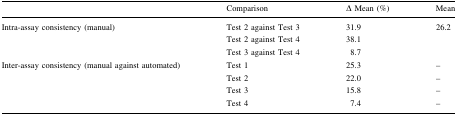
<table><thead><tr><td></td><td><b>Comparison</b></td><td><b>Δ Mean (%)</b></td><td><b>Mean</b></td></tr></thead><tbody><tr><td rowspan="3">Intra-assay consistency (manual)</td><td>Test 2 against Test 3</td><td>31.9</td><td rowspan="3">26.2</td></tr><tr><td>Test 2 against Test 4</td><td>38.1</td></tr><tr><td>Test 3 against Test 4</td><td>8.7</td></tr><tr><td rowspan="4">Inter-assay consistency (manual against automated)</td><td>Test 1</td><td>25.3</td><td>–</td></tr><tr><td>Test 2</td><td>22.0</td><td>–</td></tr><tr><td>Test 3</td><td>15.8</td><td>–</td></tr><tr><td>Test 4</td><td>7.4</td><td>–</td></tr></tbody></table>